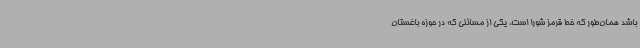
باشد همان‌طور که خط قرمز شورا است، یکی از مسائلی که در حوزه باغستان